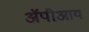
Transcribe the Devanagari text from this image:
ॲपीआय